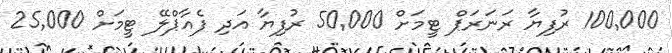
100